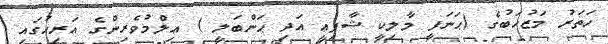
ހަތަރު މަޒުހަބުގެ (ޙަނަފީ މާލިކީ ޝާފިޢީ އަދި ޙަންބަލީ ) ޢިލްމުވެރިންގެ އަރިހުގައި